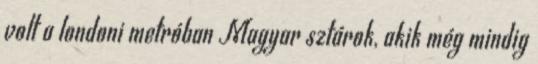
volt a londoni metróban Magyar sztárok, akik még mindig